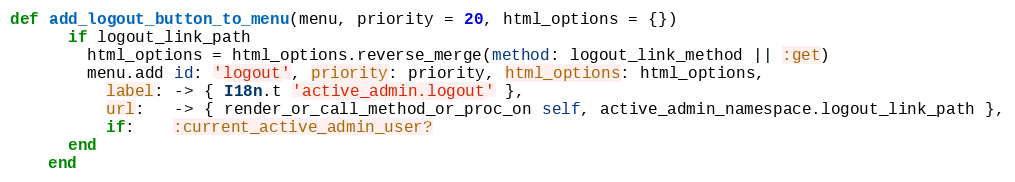
Language: Ruby
def add_logout_button_to_menu(menu, priority = 20, html_options = {})
      if logout_link_path
        html_options = html_options.reverse_merge(method: logout_link_method || :get)
        menu.add id: 'logout', priority: priority, html_options: html_options,
          label: -> { I18n.t 'active_admin.logout' },
          url:   -> { render_or_call_method_or_proc_on self, active_admin_namespace.logout_link_path },
          if:    :current_active_admin_user?
      end
    end